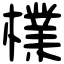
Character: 檏